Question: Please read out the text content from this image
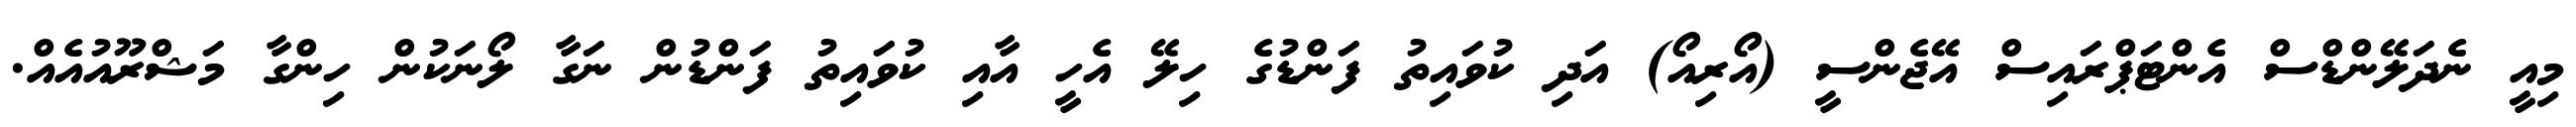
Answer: މިއީ ނެދަލޭންޑްސް އެންޓަޕްރައިސް އޭޖެންސީ (އޯރިއޯ) އަދި ކުވައިތު ފަންޑުގެ ހިލޭ އެހީ އާއި ކުވައިތު ފަންޑުން ނަގާ ލޯނަކުން ހިންގާ މަޝްރޫއުއެއް.